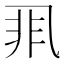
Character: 𱎇